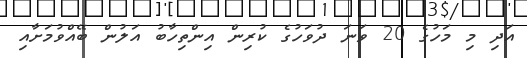
އަދި މި މަހުގެ 20 ވަނަ ދުވަހުގެ ކުރިން އިންތިހާބު އަލުން ބޭއްވުމަށާއި